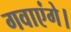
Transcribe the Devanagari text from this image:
गवाएंगे।